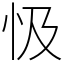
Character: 忣